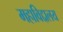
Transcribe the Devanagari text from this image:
महाविद्दालय